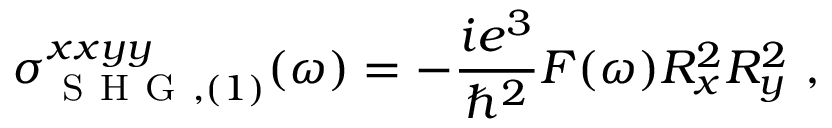
\sigma _ { \mathrm { ~ S ~ H ~ G ~ } , ( 1 ) } ^ { x x y y } ( \omega ) = - \frac { i e ^ { 3 } } { \hslash ^ { 2 } } F ( \omega ) R _ { x } ^ { 2 } R _ { y } ^ { 2 } \mathrm { ~ , ~ }